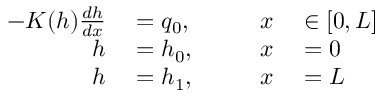
\begin{array} { r l r l } { - K ( h ) \frac { d h } { d x } } & { { } = q _ { 0 } , \qquad } & { x } & { { } \in [ 0 , L ] } \\ { h } & { { } = h _ { 0 } , } & { x } & { { } = 0 } \\ { h } & { { } = h _ { 1 } , } & { x } & { { } = L } \end{array}